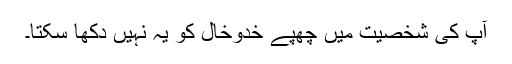
آپ کی شخصیت میں چھپے خدوخال کو یہ نہیں دکھا سکتا۔